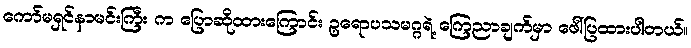
ကော်မရှင်နာမင်းကြီး က ပြောဆိုထားကြောင်း ဥရောပသမဂ္ဂရဲ့ ကြေညာချက်မှာ ဖေါ်ပြထားပါတယ်။